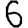
Digit: 6